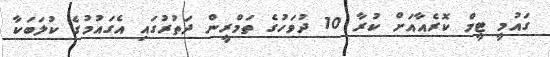
ގައުމީ ޓީމް ކޮރެއާއަށް ކުރާ 10 ދުވަހުގެ ތަމްރީން ދަތުރުގައި އެގައުމުގެ ކުލަބަކާ